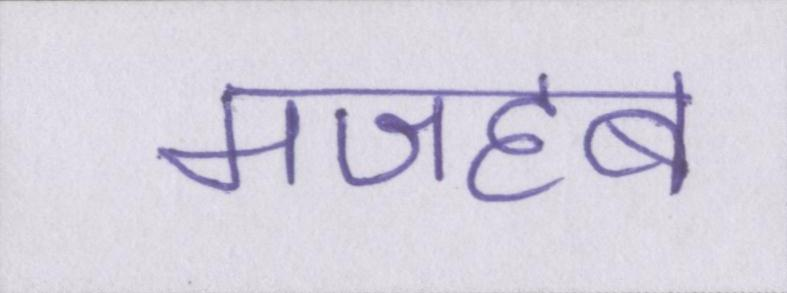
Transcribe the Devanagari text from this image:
मजहब